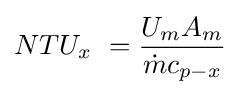
NTU_{x}\ ={\frac {U_{m}A_{m}}{{\dot {m}}c_{p-x}}}